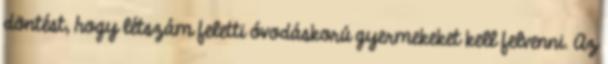
döntést, hogy létszám feletti óvodáskorú gyermekeket kell felvenni. Az